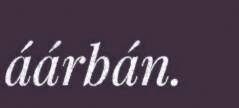
áárbán.